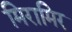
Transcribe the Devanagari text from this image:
मिरामिर